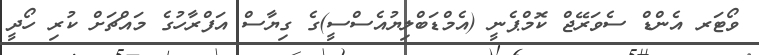
ވޯޓަރ އެންޑް ސެވަރޭޖް ކޮމްޕެނީ (އެމްޑަބްލިޔުއެސްސީ)ގެ ގިޔާސް އަފްރާހުގެ މައްޗަށް ކުރި ހޯދީ